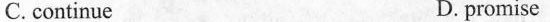
C. continue D. promise